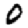
Digit: 0